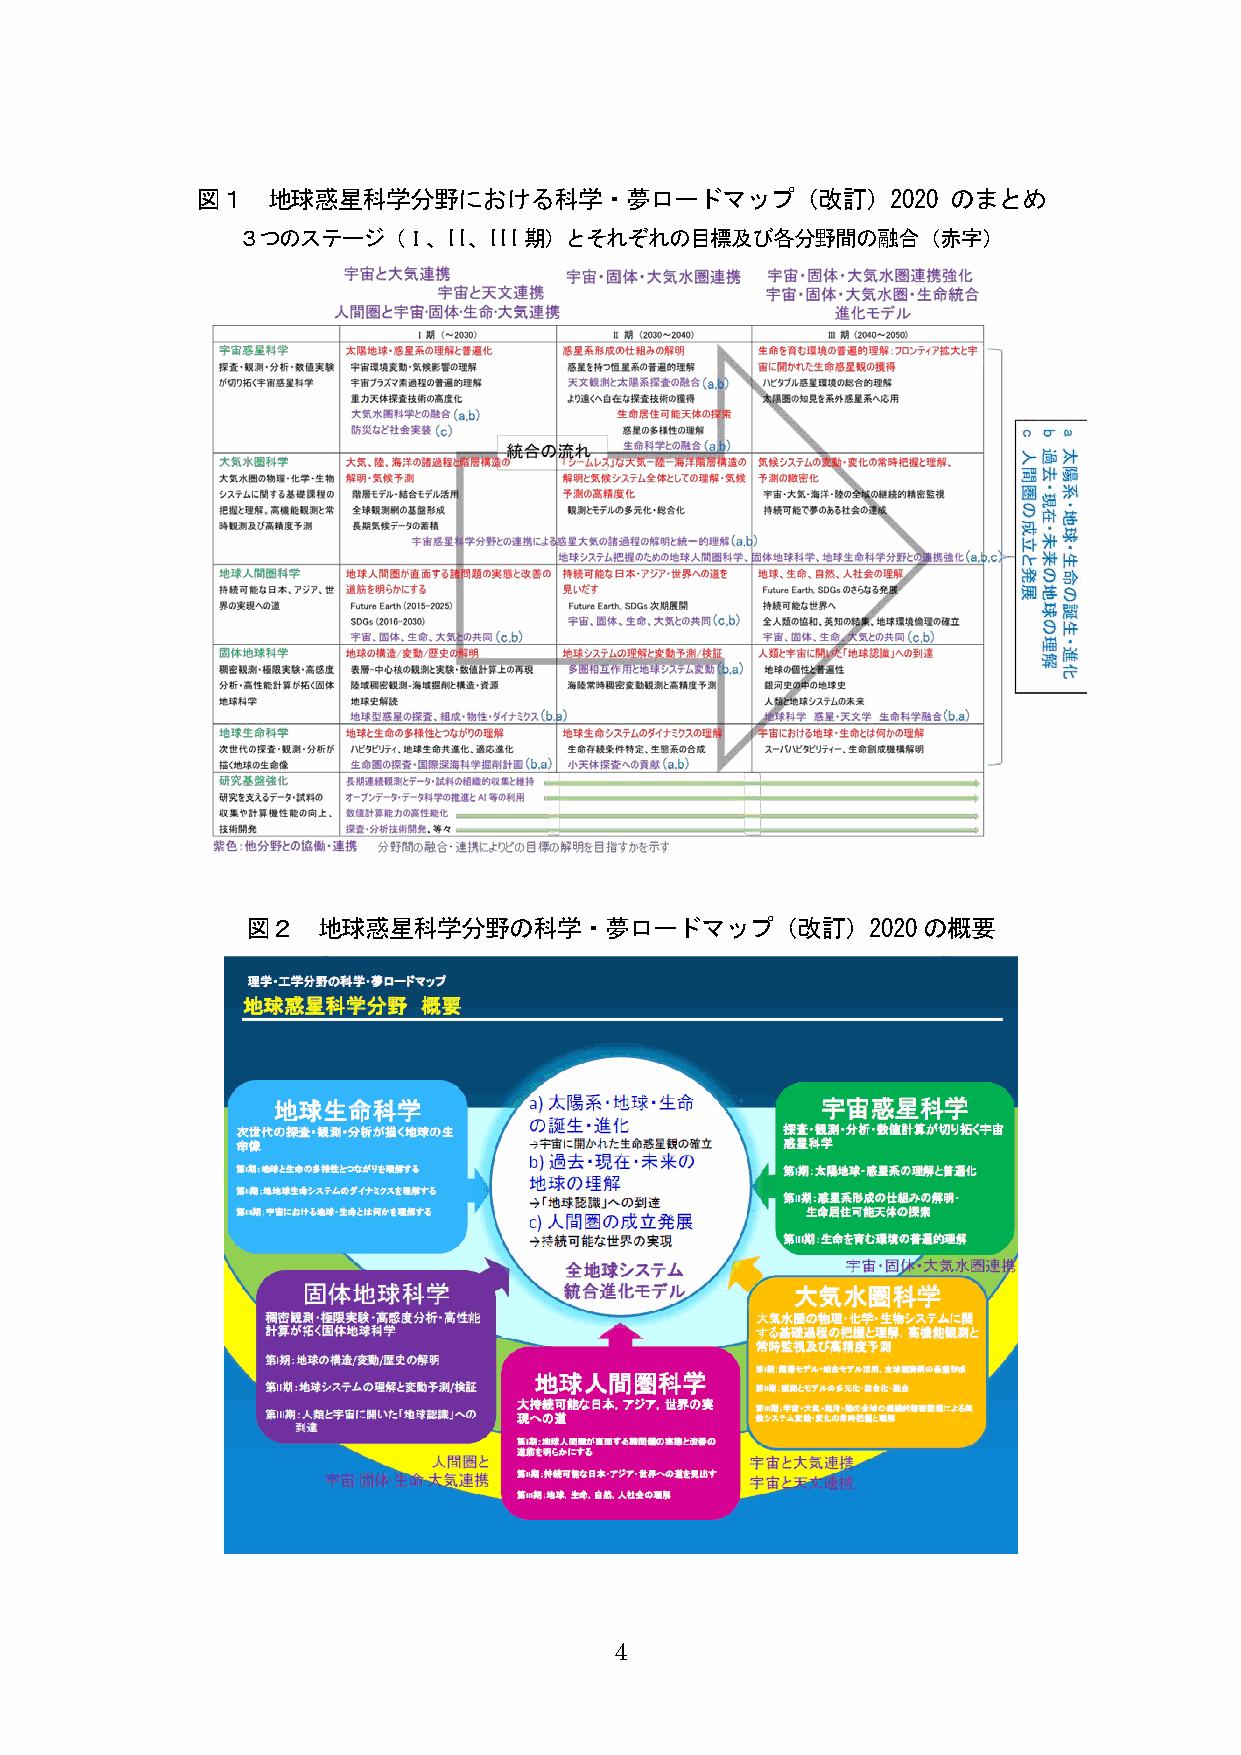
図１   地球惑星科学分野における科学・夢ロードマップ（改訂）2020               のまとめ
 ３つのステージ（Ｉ、II、III期）とそれぞれの目標及び各分野間の融合（赤字）
 図２   地球惑星科学分野の科学・夢ロードマップ（改訂）2020の概要
 4